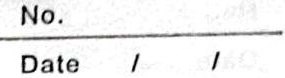
\begin{tabular}{lll}
No. \\
Date & / & /
\end{tabular}